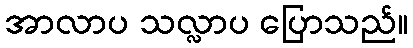
အာလာပ သလ္လာပ ပြောသည်။